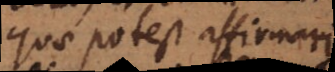
quae potest affirmari.